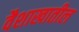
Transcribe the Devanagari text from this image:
वैशाखातील